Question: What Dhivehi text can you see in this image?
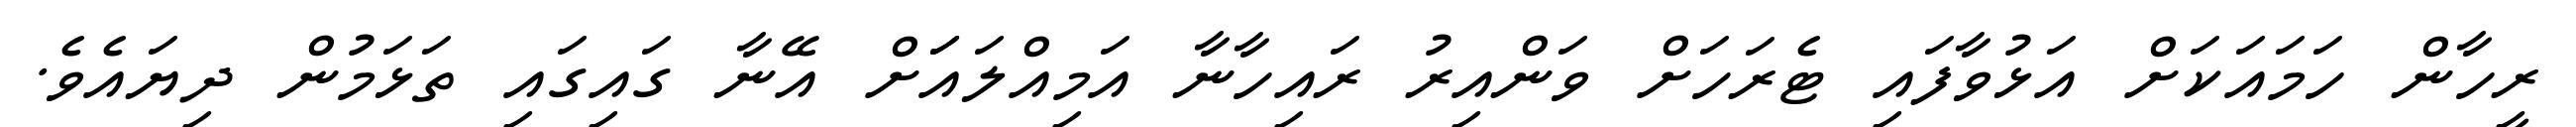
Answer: ރީހާން ހަމައަކަށް އަޅުވާފައި ޓެރަހަށް ވަންއިރު ރައިހާނާ އަމިއްލައަަށް އޭނާ ގައިގައި ތަޅަމުން ދިޔައެވެ.